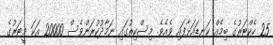
25 ހެކްޓަރުގެ ބިމެއް ކަނޑައަޅާފައި ވެއެވެ. މިސްކިތުގައި ނަމާދުކުރަންވެސް 20000 އަކަ މީޓަރުގެ